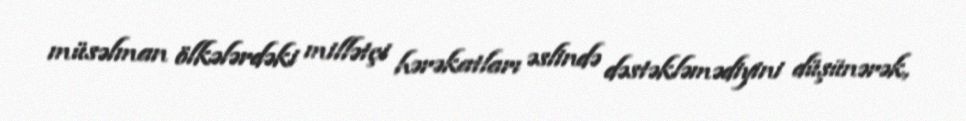
müsəlman ölkələrdəki millətçi hərəkatları əslində dəstəkləmədiyini düşünərək,